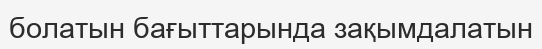
болатын бағыттарында зақымдалатын